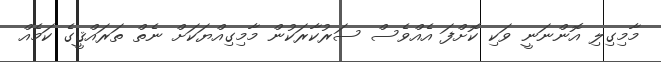
މާމިގިލި އޮންނަނީ ވަކި ކޮށްފަ އެއްވެސް ސަރުކާރަކުން މާމިގިއްޔަކަށް ނެތް ތަރައްޤީގެ ކަމެއް